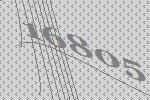
16805